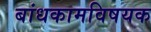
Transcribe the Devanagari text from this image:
बांधकामविषयक